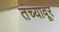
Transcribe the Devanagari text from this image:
तंच्यावूर